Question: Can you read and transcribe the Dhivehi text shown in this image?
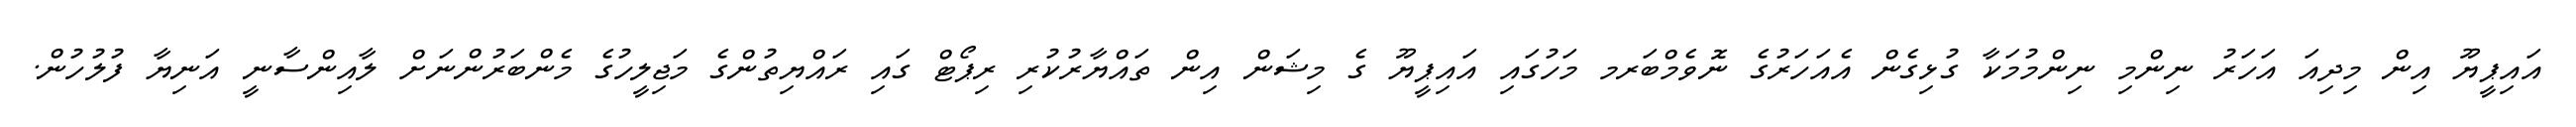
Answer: އައިޕީޔޫ އިން މިދިއަ އަހަރު ނިންމި ނިންމުމަކާ ގުޅިގެން އެއަހަރުގެ ނޮވެމްބަރމ މަހުގައި އައިޕީޔޫ ގެ މިޝަން އިން ތައްޔާރުކުރި ރިޕޯޓް ގައި ރައްޔިތުންގެ މަޖިލީހުގެ މެންބަރުންނަށް ލާއިންސާނީ އަނިޔާ ފުލުހުން.